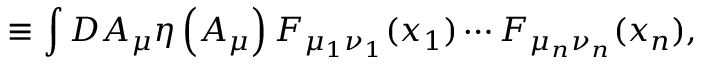
\equiv \int D A _ { \mu } \eta \left( A _ { \mu } \right) F _ { \mu _ { 1 } \nu _ { 1 } } ( x _ { 1 } ) \cdots F _ { \mu _ { n } \nu _ { n } } ( x _ { n } ) ,